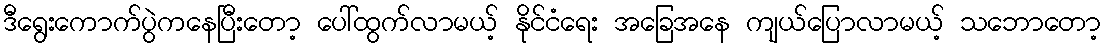
ဒီရွေးကောက်ပွဲကနေပြီးတော့ ပေါ်ထွက်လာမယ့် နိုင်ငံရေး အခြေအနေ ကျယ်ပြောလာမယ့် သဘောတော့